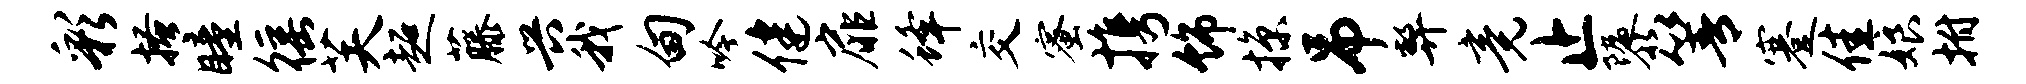
彩搔瞳徭芙超藤兴我甸吟健扉蜂交蜜携饰掠吊弊竟止隳箐蹇佳娘拊